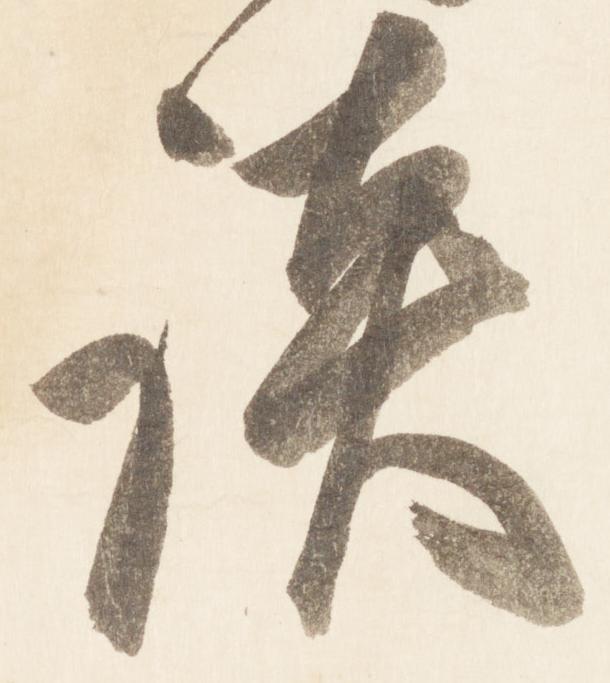
談